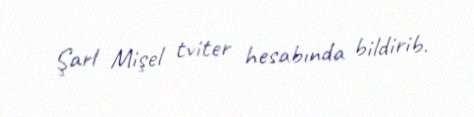
Şarl Mişel tviter hesabında bildirib.